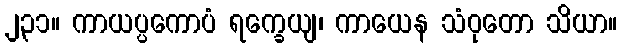
၂၃၁။ ကာယပ္ပကောပံ ရက္ခေယျ၊ ကာယေန သံဝုတော သိယာ။